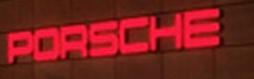
porsche